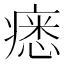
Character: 𤸽